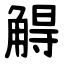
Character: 䚟